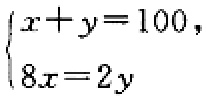
\(\begin{cases}

x + y = 100,\\

8x = 2y

\end{cases}\)